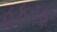
હફરફ